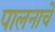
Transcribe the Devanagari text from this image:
पालनाचे